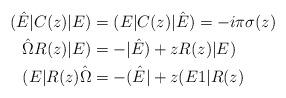
LaTeX: \begin{align*} ( \hat{E}|C(z)|E)&=( E|C(z)|\hat{E})=- i\pi \sigma(z)\\ \hat{\Omega}R(z)|E)&=-|\hat{E}) + zR(z)|E)\\(E|R(z)\hat{\Omega}&= -( \hat{E}|+z(E 1|R(z)\end{align*}